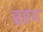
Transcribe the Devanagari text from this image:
व्रुहद